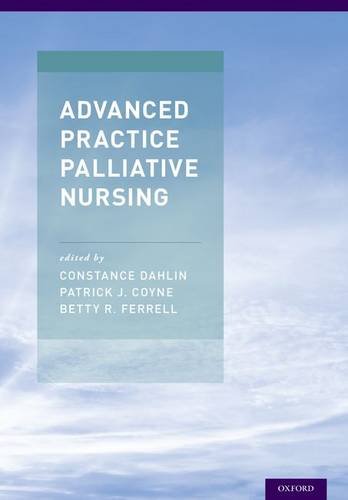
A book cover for Advanced Practice Palliative Nursing; Self-Help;